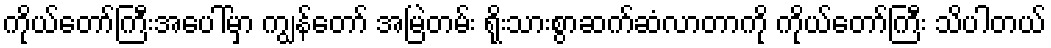
ကိုယ်တော်ကြီးအပေါ်မှာ ကျွန်တော် အမြဲတမ်း ရိုးသားစွာဆက်ဆံလာတာကို ကိုယ်တော်ကြီး သိပါတယ်